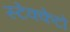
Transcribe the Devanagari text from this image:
स्टेक्केटो